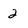
Character: 2